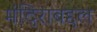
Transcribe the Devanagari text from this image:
मंदिराबद्दल